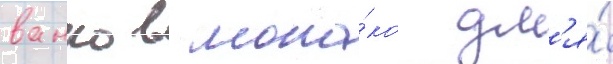
ванко в мона́ко дл'я́